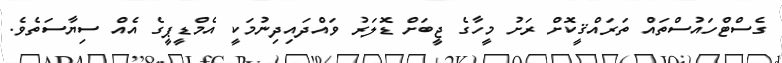
ގެސްޓްހައުސްތައް ތަރައްޤީކޮށް ރަށު މީހާގެ ޖީބަށް ޑޮލަރު ވައްދައިދިނުމަކީ އެމްޑީޕީގެ އެއް ސިޔާސަތެވެ.